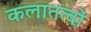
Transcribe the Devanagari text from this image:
कलातत्वों